Civil Veterinary Department Bihar reports 1936-40 - 1936-1940
Year: 1936
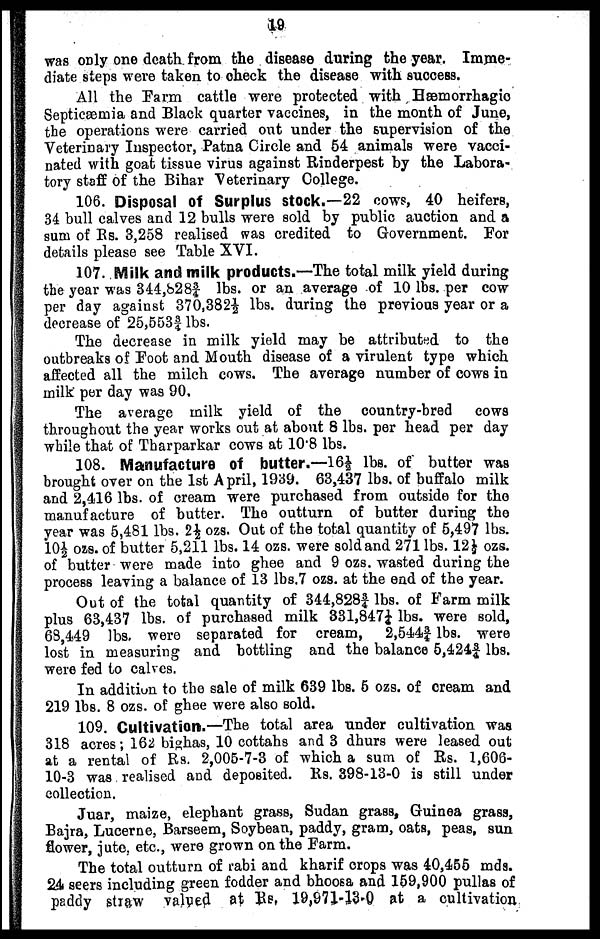
19
was only one death from the disease during the year. Imme-
diate steps were taken to check the disease with success.
All the Farm cattle were protected with Hæmorrhagic
Septicæmia and Black quarter vaccines, in the month of June,
the operations were carried out under the supervision of the
Veterinary Inspector, Patna Circle and 54 animals were vacci-
nated with goat tissue virus against Rinderpest by the Labora-
tory staff of the Bihar Veterinary College.
106. Disposal of Surplus stock.—22 cows, 40 heifers,
34 bull calves and 12 bulls were sold by public auction and a
sum of Rs. 3,258 realised was credited to Government. For
details please see Table XVI.
107. Milk and milk products.—The total milk yield during
the year was 344,b283/4 lbs. or an average of 10 lbs. per cow
per day against 370.382½ lbs. during the previous year or a
decrease of 25,553-3/4 lbs.
The decrease in milk yield may be attributed to the
outbreaks of Foot and Mouth disease of a virulent type which
affected all the milch cows. The average number of cows in
milk per day was 90.
The average milk yield of the country-bred
cows
throughout the year works out at about 8 lbs. per head per day
while that of Tharparkar cows at 10.8 lbs.
108. Manufacture of butter.—16½ lbs. of butter was
brought over on the 1st April, 1939. 63,437 lbs. of buffalo milk
and 2,416 lbs. of cream were purchased from outside for the
manufacture of butter. The outturn of butter during the
year was 5,481 lbs. 2½ ozs. Out of the total quantity of 5,497 lbs.
10½ ozs. of butter 5,211 lbs. 14 ozs. were sold and 271 lbs. 12½ ozs.
of butter were made into ghee and 9 ozs. wasted during the
process leaving a balance of 13 lbs.7 ozs. at the end of the year.
Out of the total quantity of 344,8283/4 lbs. of Farm milk
plus 63,437 lbs. of purchased milk 331,847¼ lbs. were sold,
68,449 lbs. were separated for cream, 2,5443/4 lbs. were
lost in measuring and bottling and the balance 5,4243/4 lbs.
were fed to calves.
In addition to the sale of milk 639 lbs. 5 ozs. of cream and
219 lbs. 8 ozs. of ghee were also sold.
109. Cultivation.—The total area under cultivation was
318 acres; 162 bighas, 10 cottahs and 3 dhurs were leased out
at a rental of Rs. 2,005-7-3 of which a sum of Rs. 1,606-
10-3 was realised and deposited. Rs. 398-13-0 is still under
collection.
Juar, maize, elephant grass, Sudan grass, Guinea grass,
Bajra, Lucerne, Barseem, Soybean, paddy, gram, oats, peas, sun
flower, jute, etc., were grown on the Farm.
The total outturn of rabi and kharif crops was 40,455 mda.
24 seers including green fodder and bhoosa and 159,900 pullas of
paddy straw valued at Rs. 19,971-13-0 at a cultivation